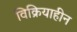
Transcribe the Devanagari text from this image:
विक्रियाहीन